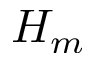
H _ { m }